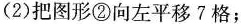
(2)把图形②向左平移7格；